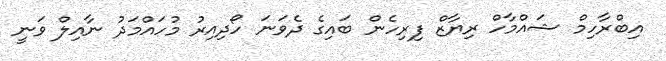
އިބްރާހިމް ޝައްމާހް ރިޔާޒް ފިރިހެން ބައިގެ ދެވަނަ ހޯދިއިރު މުހައްމަދު ނާއިލް ވަނީ